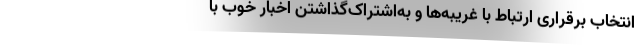
انتخابِ برقراری ارتباط با غریبه‌ها و به‌اشتراک‌گذاشتن اخبار خوب با